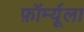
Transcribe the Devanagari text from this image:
फ़ॉर्म्यूला